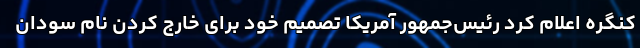
کنگره اعلام کرد رئیس‌جمهور آمریکا تصمیم خود برای خارج کردن نام سودان